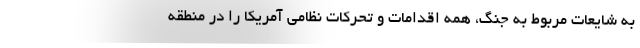
به شایعات مربوط به جنگ، همه اقدامات و تحرکات نظامی آمریکا را در منطقه